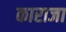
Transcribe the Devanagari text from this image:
काराजा